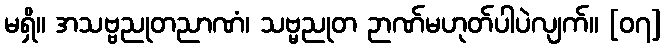
မရှိ။ အသဗ္ဗညုတညာဏံ၊ သဗ္မညုတ ဉာဏ်မဟုတ်ပါပဲလျက်။ [၀၇]